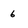
Character: 6